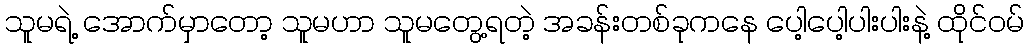
သူမရဲ့ အောက်မှာတော့ သူမဟာ သူမတွေ့ရတဲ့ အခန်းတစ်ခုကနေ ပေါ့ပေါ့ပါးပါးနဲ့ ထိုင်ဝမ်